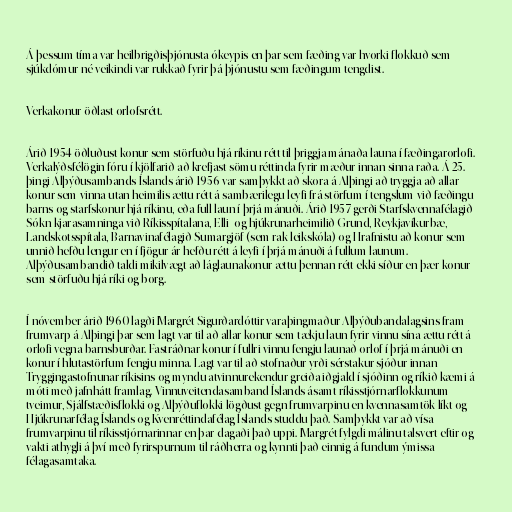
Á þessum tíma var heilbrigðisþjónusta ókeypis en þar sem fæðing var hvorki flokkuð sem
sjúkdómur né veikindi var rukkað fyrir þá þjónustu sem fæðingum tengdist.

Verkakonur öðlast orlofsrétt.

Árið 1954 öðluðust konur sem störfuðu hjá ríkinu rétt til þriggja mánaða launa í fæðingarorlofi.
Verkalýðsfélögin fóru í kjölfarið að krefjast sömu réttinda fyrir mæður innan sinna raða. Á 25.
þingi Alþýðusambands Íslands árið 1956 var samþykkt að skora á Alþingi að tryggja að allar
konur sem vinna utan heimilis ættu rétt á sambærilegu leyfi frá störfum í tengslum við fæðingu
barns og starfskonur hjá ríkinu, eða full laun í þrjá mánuði. Árið 1957 gerði Starfskvennafélagið
Sókn kjarasamninga við Ríkisspítalana, Elli- og hjúkrunarheimilið Grund, Reykjavíkurbæ,
Landskotsspítala, Barnavinafélagið Sumargjöf (sem rak leikskóla) og Hrafnistu að konur sem
unnið hefðu lengur en í fjögur ár hefðu rétt á leyfi í þrjá mánuði á fullum launum.
Alþýðusambandið taldi mikilvægt að láglaunakonur ættu þennan rétt ekki síður en þær konur
sem störfuðu hjá ríki og borg.

Í nóvember árið 1960 lagði Margrét Sigurðardóttir varaþingmaður Alþýðubandalagsins fram
frumvarp á Alþingi þar sem lagt var til að allar konur sem tækju laun fyrir vinnu sína ættu rétt á
orlofi vegna barnsburðar. Fastráðnar konur í fullri vinnu fengju launað orlof í þrjá mánuði en
konur í hlutastörfum fengju minna. Lagt var til að stofnaður yrði sérstakur sjóður innan
Tryggingastofnunar ríkisins og myndu atvinnurekendur greiða iðgjald í sjóðinn og ríkið kæmi á
móti með jafnhátt framlag. Vinnuveitendasamband Íslands ásamt ríkisstjórnarflokkunum
tveimur, Sjálfstæðisflokki og Alþýðuflokki lögðust gegn frumvarpinu en kvennasamtök líkt og
Hjúkrunarfélag Íslands og Kvenréttindafélag Íslands studdu það. Samþykkt var að vísa
frumvarpinu til ríkisstjórnarinnar en þar dagaði það uppi. Margrét fylgdi málinu talsvert eftir og
vakti athygli á því með fyrirspurnum til ráðherra og kynnti það einnig á fundum ýmissa
félagasamtaka.